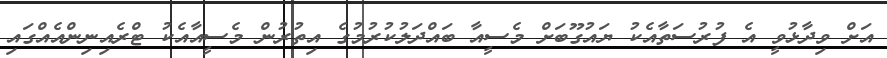
އަށް ވިދާޅުވީ އެ ފުރުސަތާއެކު ޔައުގޫބަށް މެސީއާ ބައްދަލުކުރުމުގެ އިތުރުން މެސީއާއެކު ޓްރެއިނިންއެއްގައި